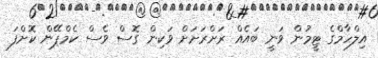
އިލްހާމްގެ ޓީމުން ވަނީ ބައެއް ރަށްރަށަށް ވަކިން ގޮސް ވެސް ކެމްޕޭން ކޮށްފަ